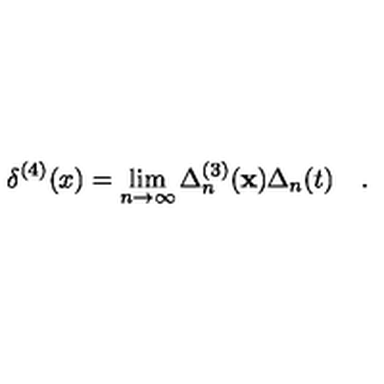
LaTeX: \delta ^ { ( 4 ) } ( x ) = \lim _ { n \to \infty } \Delta _ { n } ^ { ( 3 ) } ( { \bf x } ) \Delta _ { n } ( t ) \quad .